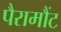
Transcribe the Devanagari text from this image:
पैरामौंट